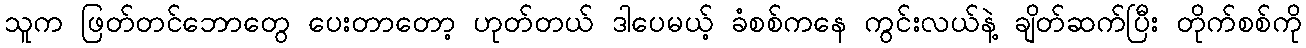
သူက ဖြတ်တင်ဘောတွေ ပေးတာတော့ ဟုတ်တယ် ဒါပေမယ့် ခံစစ်ကနေ ကွင်းလယ်နဲ့ ချိတ်ဆက်ပြီး တိုက်စစ်ကို